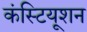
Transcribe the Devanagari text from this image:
कंस्टियूशन